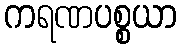
ကရဏပစ္စယာ